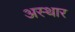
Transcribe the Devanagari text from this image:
अस्थार